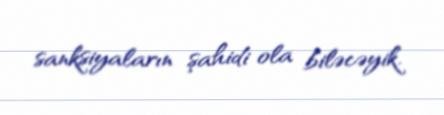
sanksiyaların şahidi ola biləcəyik.